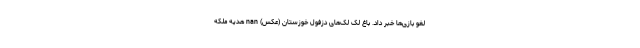
لغو بازی‌ها خبر داد. باغ لک لک‌های دزفول خوزستان (عکس) nan هدیه ملکه